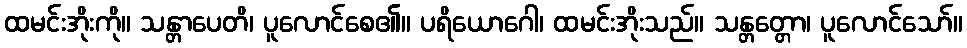
ထမင်းအိုးကို။ သန္တာပေတိ၊ ပူလောင်စေ၏။ ပရိယောဂေါ၊ ထမင်းအိုးသည်။ သန္တတ္တော၊ ပူလောင်သော်။